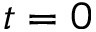
t = 0